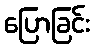
ပြောခြင်း